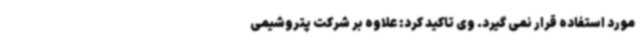
مورد استفاده قرار نمی گیرد. وی تاکید کرد: علاوه بر شرکت پتروشیمی